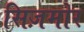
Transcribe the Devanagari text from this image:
सिज़मोर